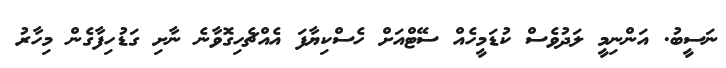
ނަސީބު. އަންނިމީ ލަދުވެސް ކުޑަމީހެއް ސޭޓްއަށް ހެސްކިޔާފަ އެއްޗެހިގޮވާނެ ނާށި ގަޑުހިފާގެން މިހާރު